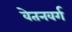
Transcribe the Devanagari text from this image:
वेतनवर्ग